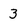
Character: 3